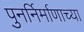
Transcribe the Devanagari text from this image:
पुनर्निर्माणाच्या